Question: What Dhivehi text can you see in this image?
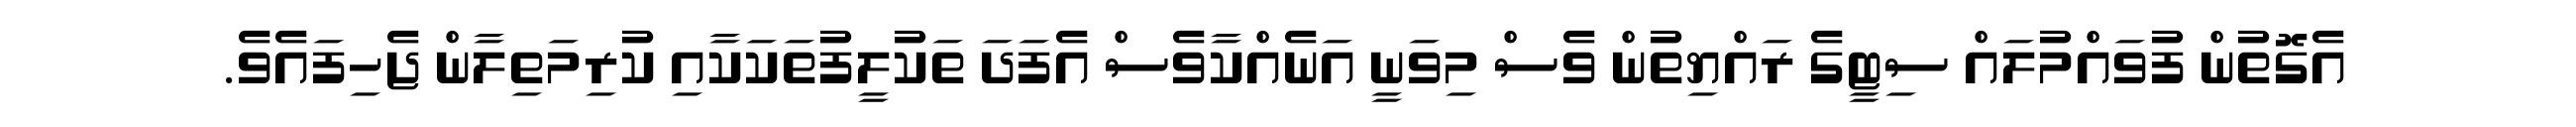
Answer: އެގޮތުން ފުވައްމުލައް ސިޓީގެ ރައްޔިތުން ވެސް މިވަނީ އަނެއްކާވެސް އެފަދަ ތަކުލީފުތަކަކާއި ކުރިމަތިލާން ޖެހިފައެވެ.